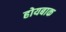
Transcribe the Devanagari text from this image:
होयबाक